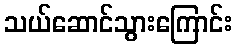
သယ်ဆောင်သွားကြောင်း